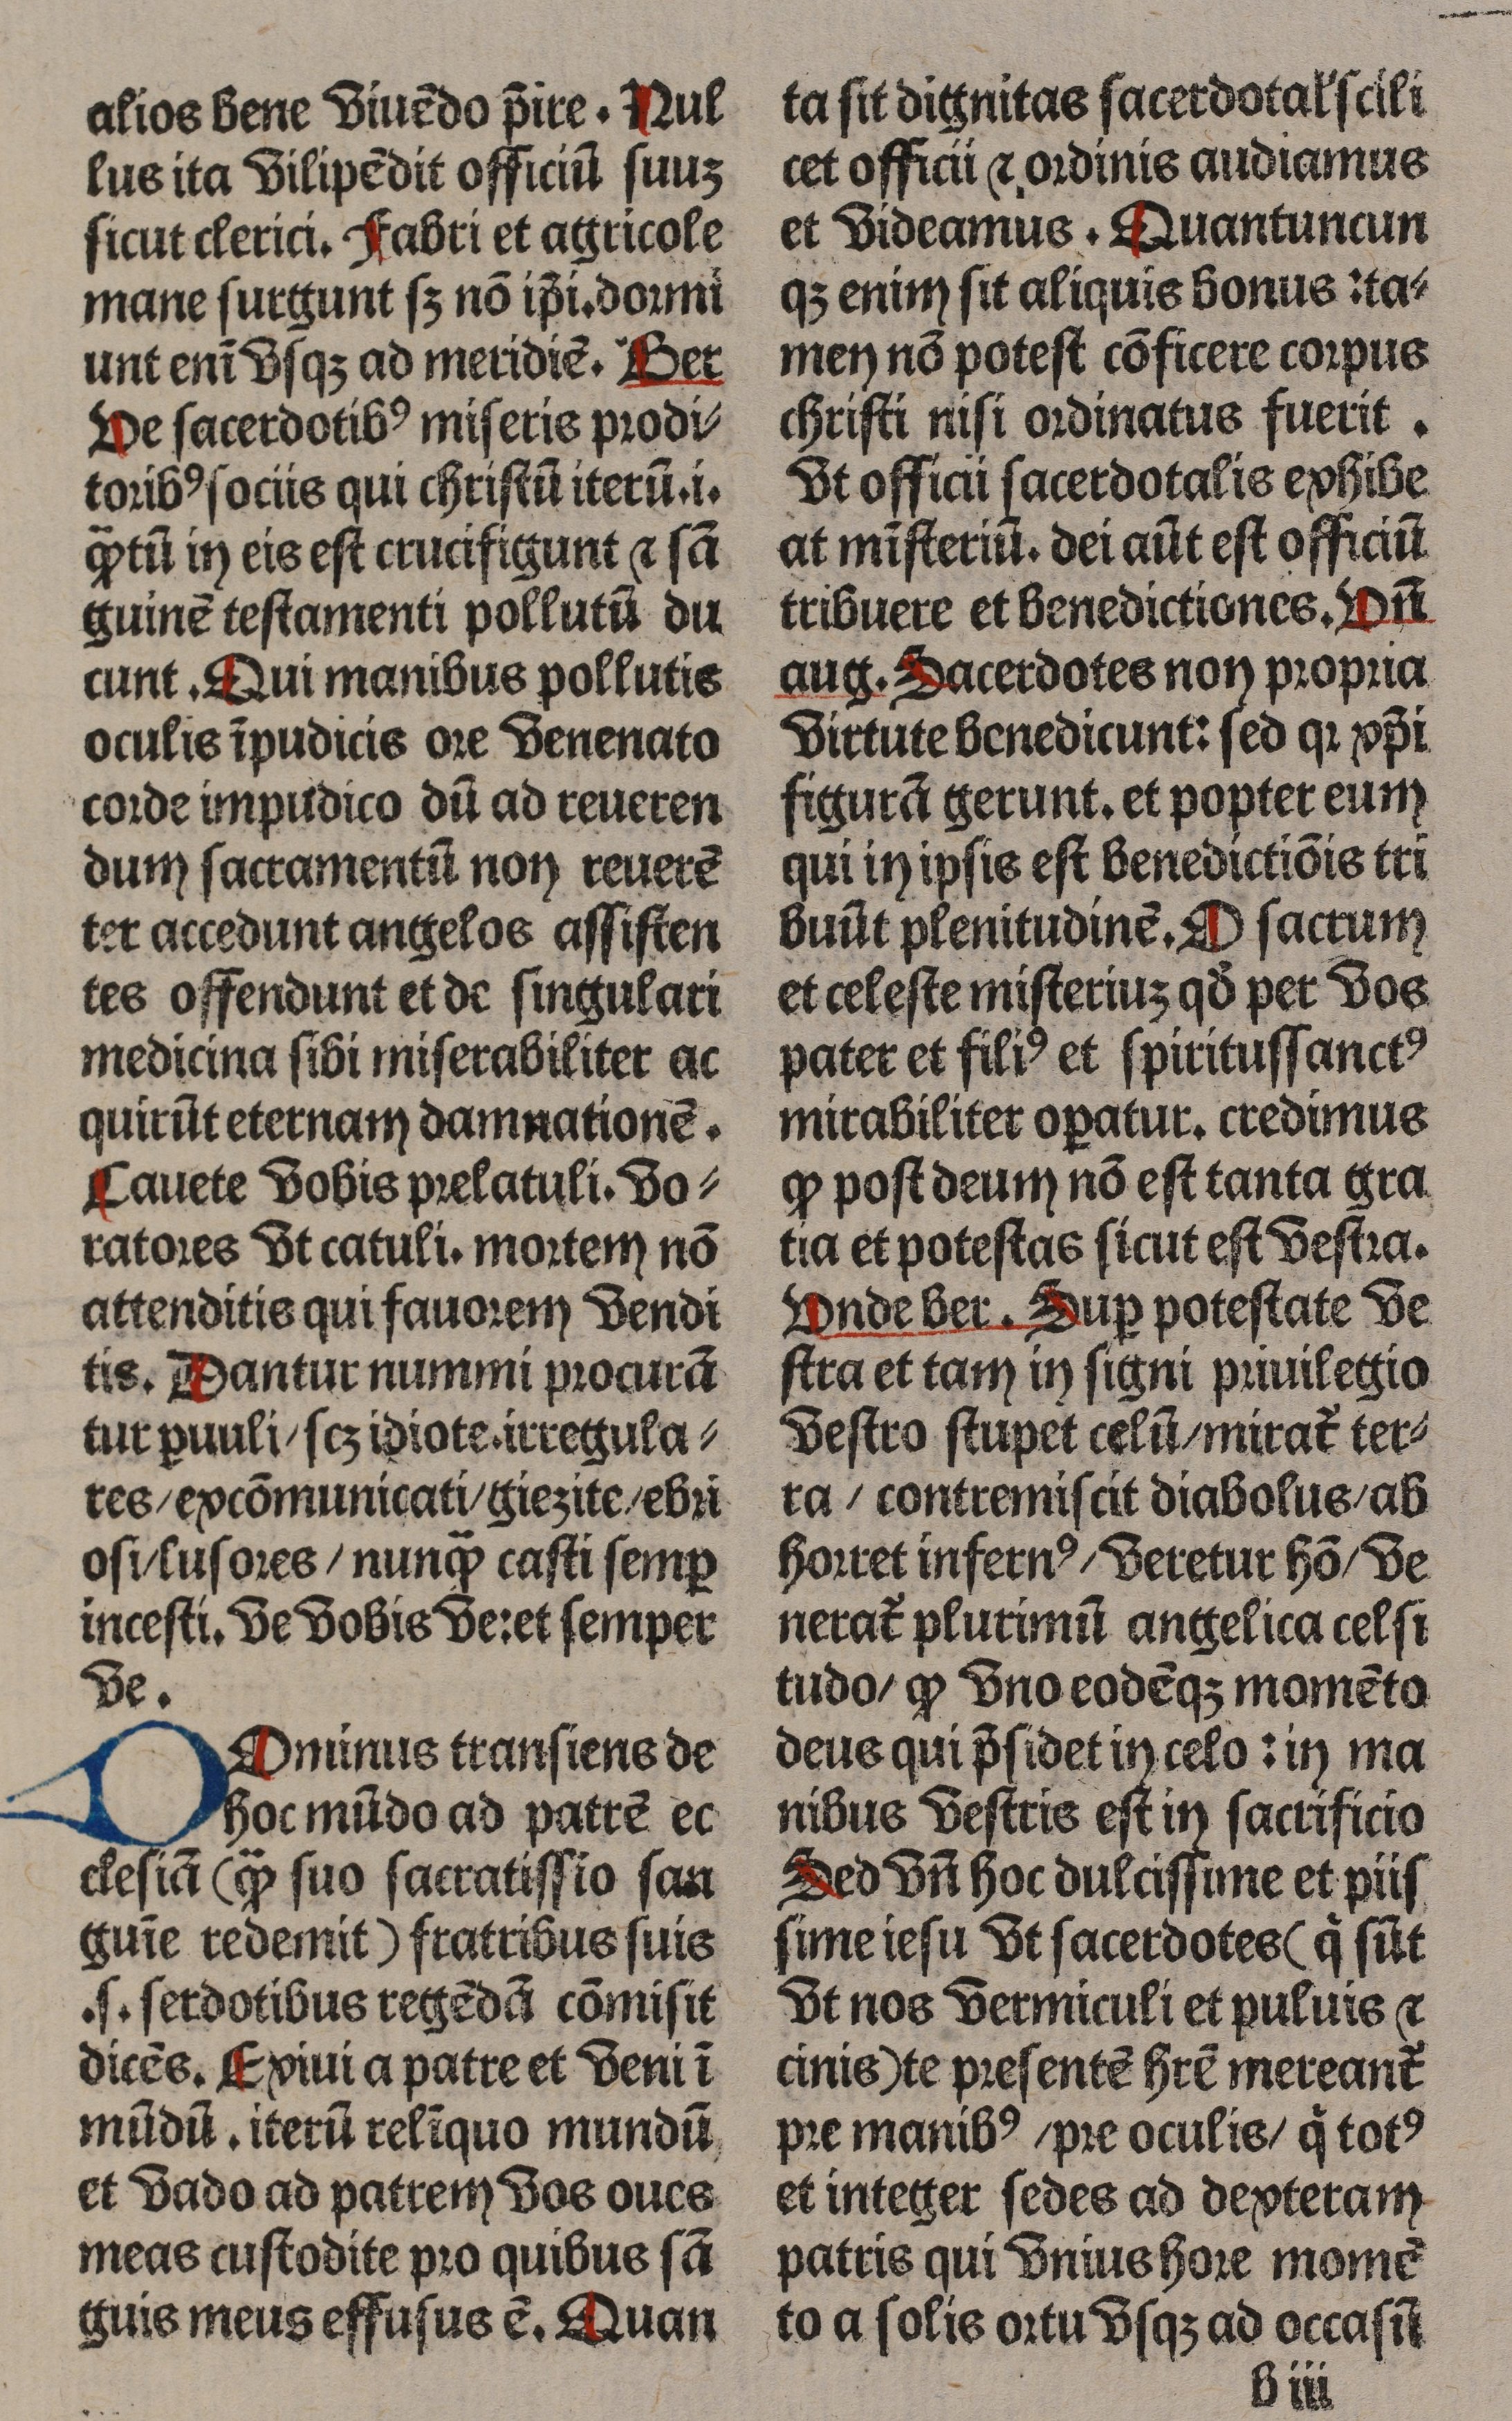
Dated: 1465–1465